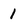
Character: 1